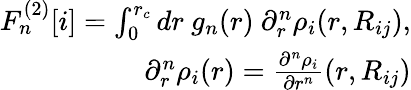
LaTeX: \begin{array}{r}{F_{n}^{(2)}[i]=\int_{0}^{r_{c}}dr~g_{n}(r)~\partial_{r}^{n}\rho_{i}(r,R_{ij}),}\\ {\partial_{r}^{n}\rho_{i}(r)=\frac{\partial^{n}\rho_{i}}{\partial r^{n}}(r,R_{ij})}\end{array}